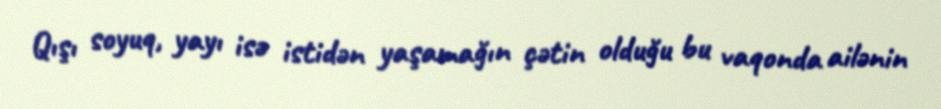
Qışı soyuq, yayı isə istidən yaşamağın çətin olduğu bu vaqonda ailənin